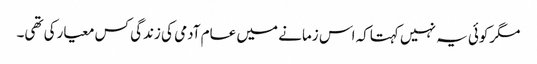
مگرکوئی یہ نہیں کہتاکہ اس زمانے میں عام آدمی کی زندگی کس معیارکی تھی۔